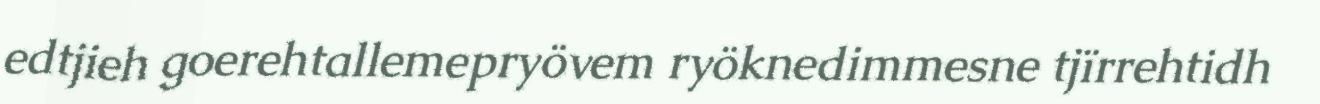
edtjieh goerehtallemepryövem ryöknedimmesne tjïrrehtidh